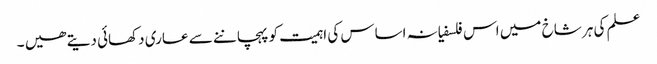
علم کی ہر شاخ میں اس فلسفیانہ اساس کی اہمیت کو پہچاننے سے عاری دکھائی دیتے ھیں ۔